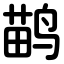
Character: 鹋